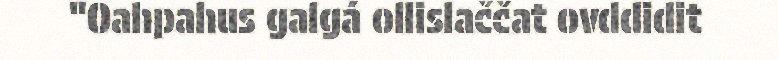
"Oahpahus galgá ollislaččat ovddidit